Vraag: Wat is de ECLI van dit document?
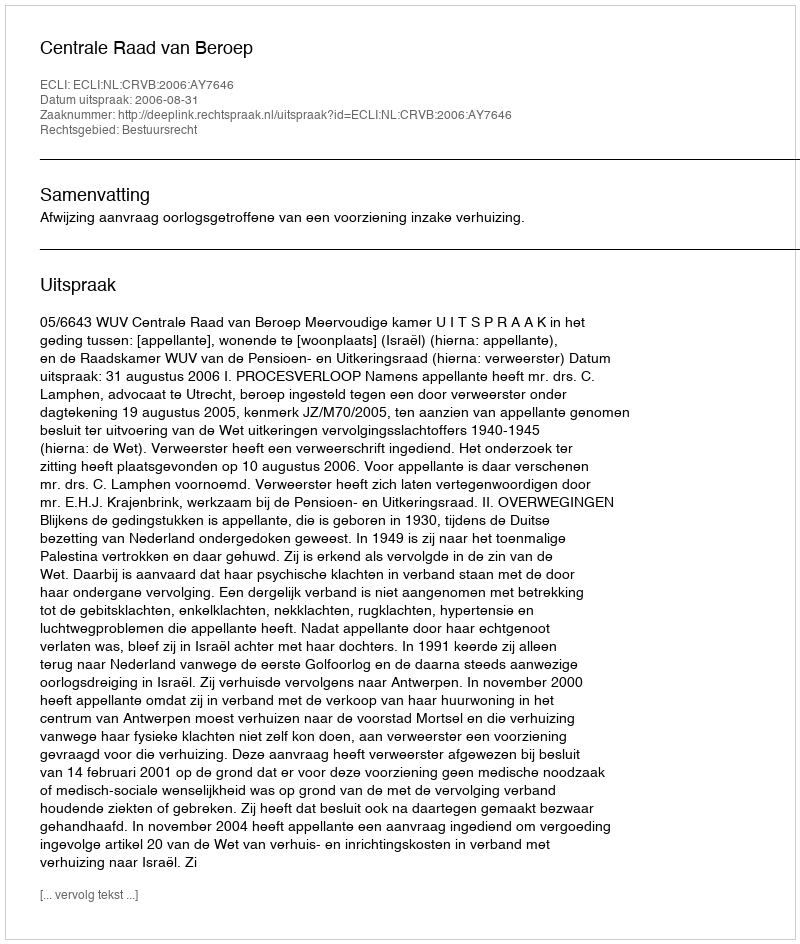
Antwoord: ECLI:NL:CRVB:2006:AY7646